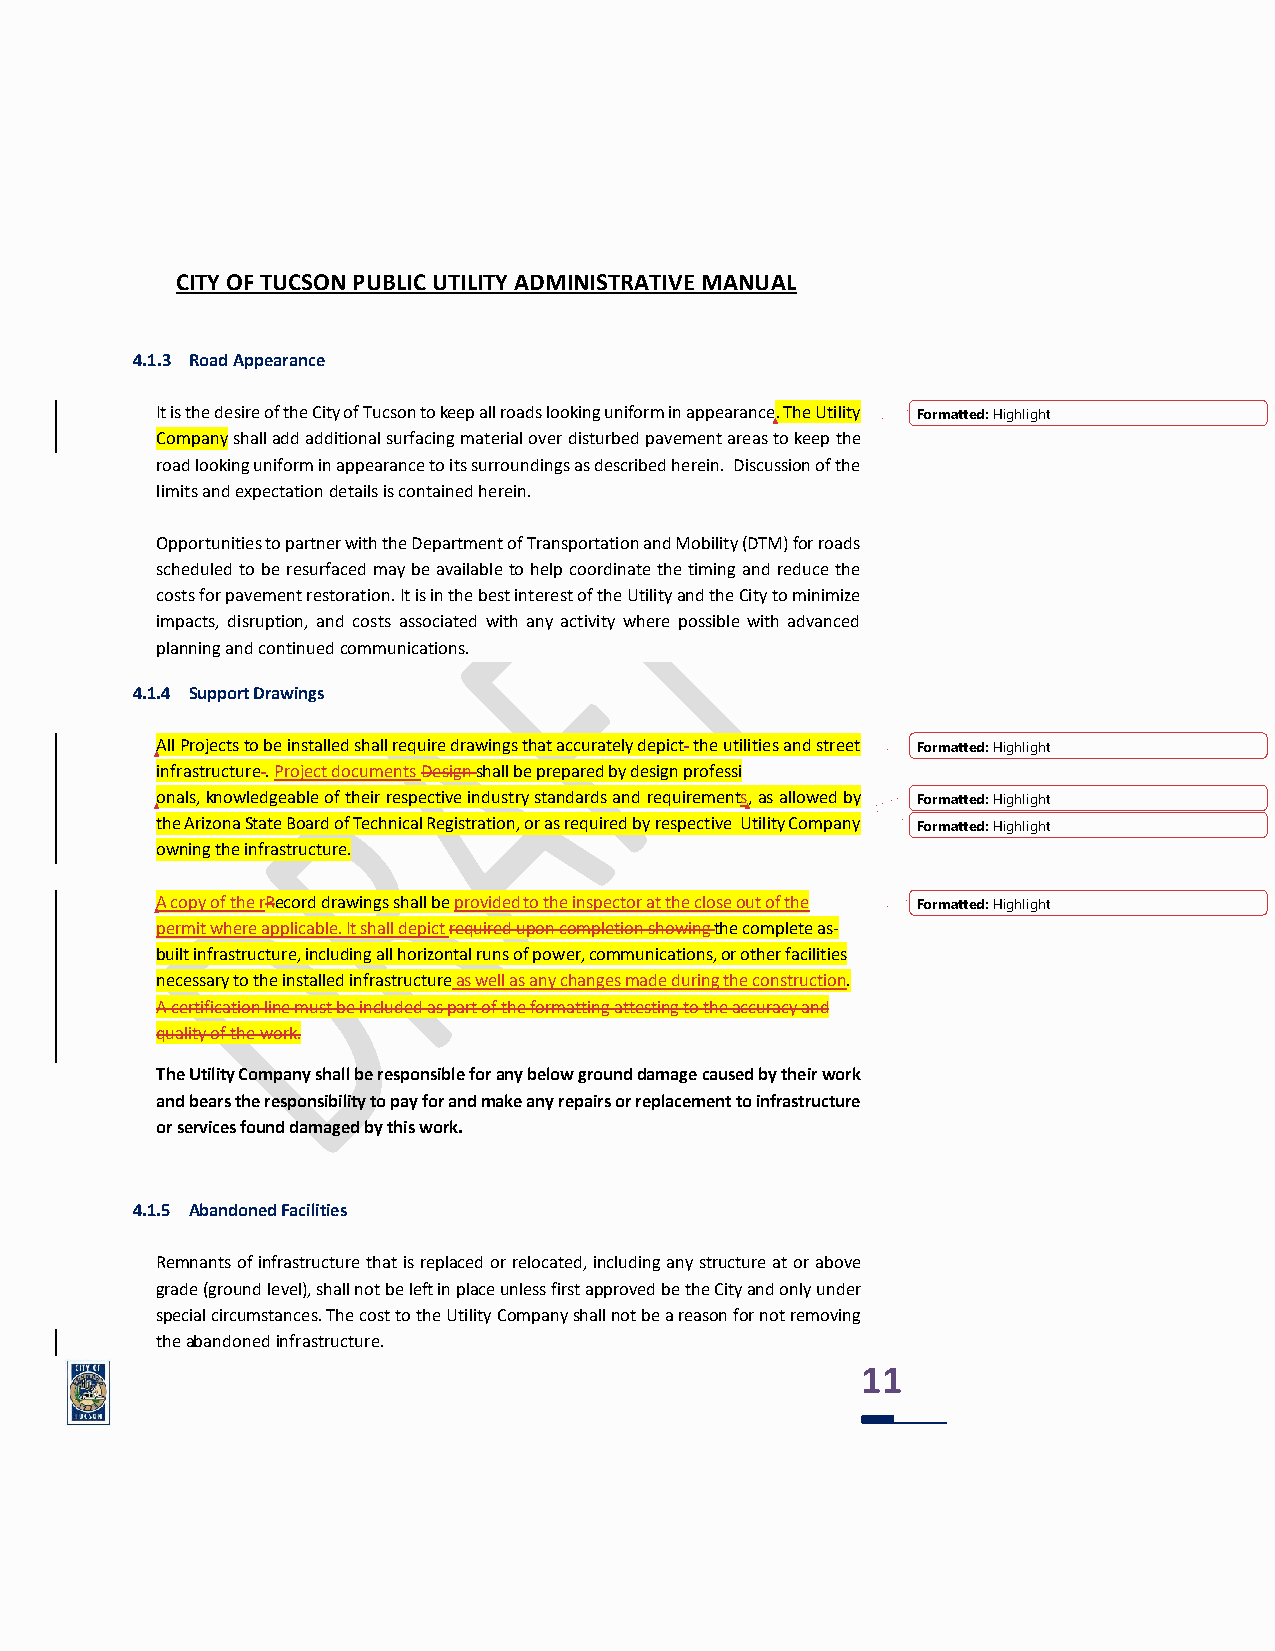
CITY OF TUCSON PUBLIC UTILITY ADMINISTRATIVE MANUAL
 4.1.3 Road Appearance
 It is the desire of the City of Tucson to keep all roads looking uniform in appearance. The Utility Formatted: Highlight
 Company shall add additional surfacing material over disturbed pavement areas to keep the
 road looking uniform in appearance to its surroundings as described herein. Discussion of the
 limits and expectation details is contained herein.
 Opportunities to partner with the Department of Transportation and Mobility (DTM) for roads
 scheduled to be resurfaced may be available to help coordinate the timing and reduce the
 costs for pavement restoration. It is in the best interest of the Utility and the City to minimize
 impacts, disruption, and costs associated with any activity where possible with advanced
 planning and continued communications.
 4.1.4 Support Drawings
 All Projects to be installed shall require drawings that accurately depict the utilities and street Formatted: Highlight
 infrastructure . Project documents Design shall be prepared by design professi
 onals, knowledgeable of their respective industry standards and requirements, as allowed by Formatted: Highlight
 the Arizona State Board of Technical Registration, or as required by respective Utility Company Formatted: Highlight
 owning the infrastructure.
 A copy of the rRecord drawings shall be provided to the inspector at the close out of the Formatted: Highlight
 permit where applicable. It shall depict required upon completion showing the complete as-
 built infrastructure, including all horizontal runs of power, communications, or other facilities
 necessary to the installed infrastructure as well as any changes made during the construction.
 A certification line must be included as part of the formatting attesting to the accuracy and
 quality of the work.
 The Utility Company shall be responsible for any below ground damage caused by their work
 and bears the responsibility to pay for and make any repairs or replacement to infrastructure
 or services found damaged by this work.
 4.1.5 Abandoned Facilities
 Remnants of infrastructure that is replaced or relocated, including any structure at or above
 grade (ground level), shall not be left in place unless first approved be the City and only under
 special circumstances. The cost to the Utility Company shall not be a reason for not removing
 the abandoned infrastructure.
 11